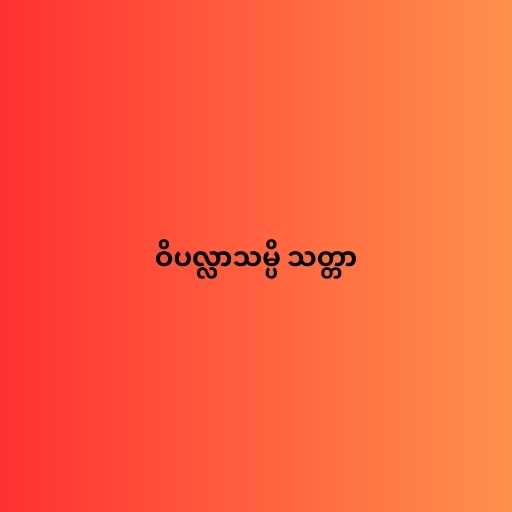
ဝိပလ္လာသမ္ပိ သတ္တာ